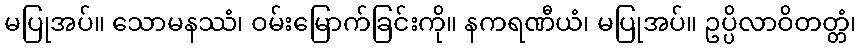
မပြုအပ်။ သောမနဿံ၊ ဝမ်းမြောက်ခြင်းကို။ နကရဏီယံ၊ မပြုအပ်။ ဥပ္ပိလာဝိတတ္တံ၊